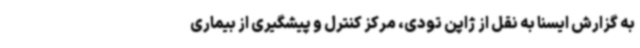
به گزارش ایسنا به نقل از ژاپن تودی، مرکز کنترل و پیشگیری از بیماری